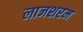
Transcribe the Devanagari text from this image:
लाजशरम